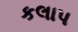
કલાપ